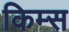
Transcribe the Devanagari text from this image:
किम्स